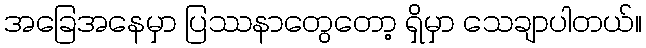
အခြေအနေမှာ ပြဿနာတွေတော့ ရှိမှာ သေချာပါတယ်။